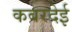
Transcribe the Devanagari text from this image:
कबरदेई